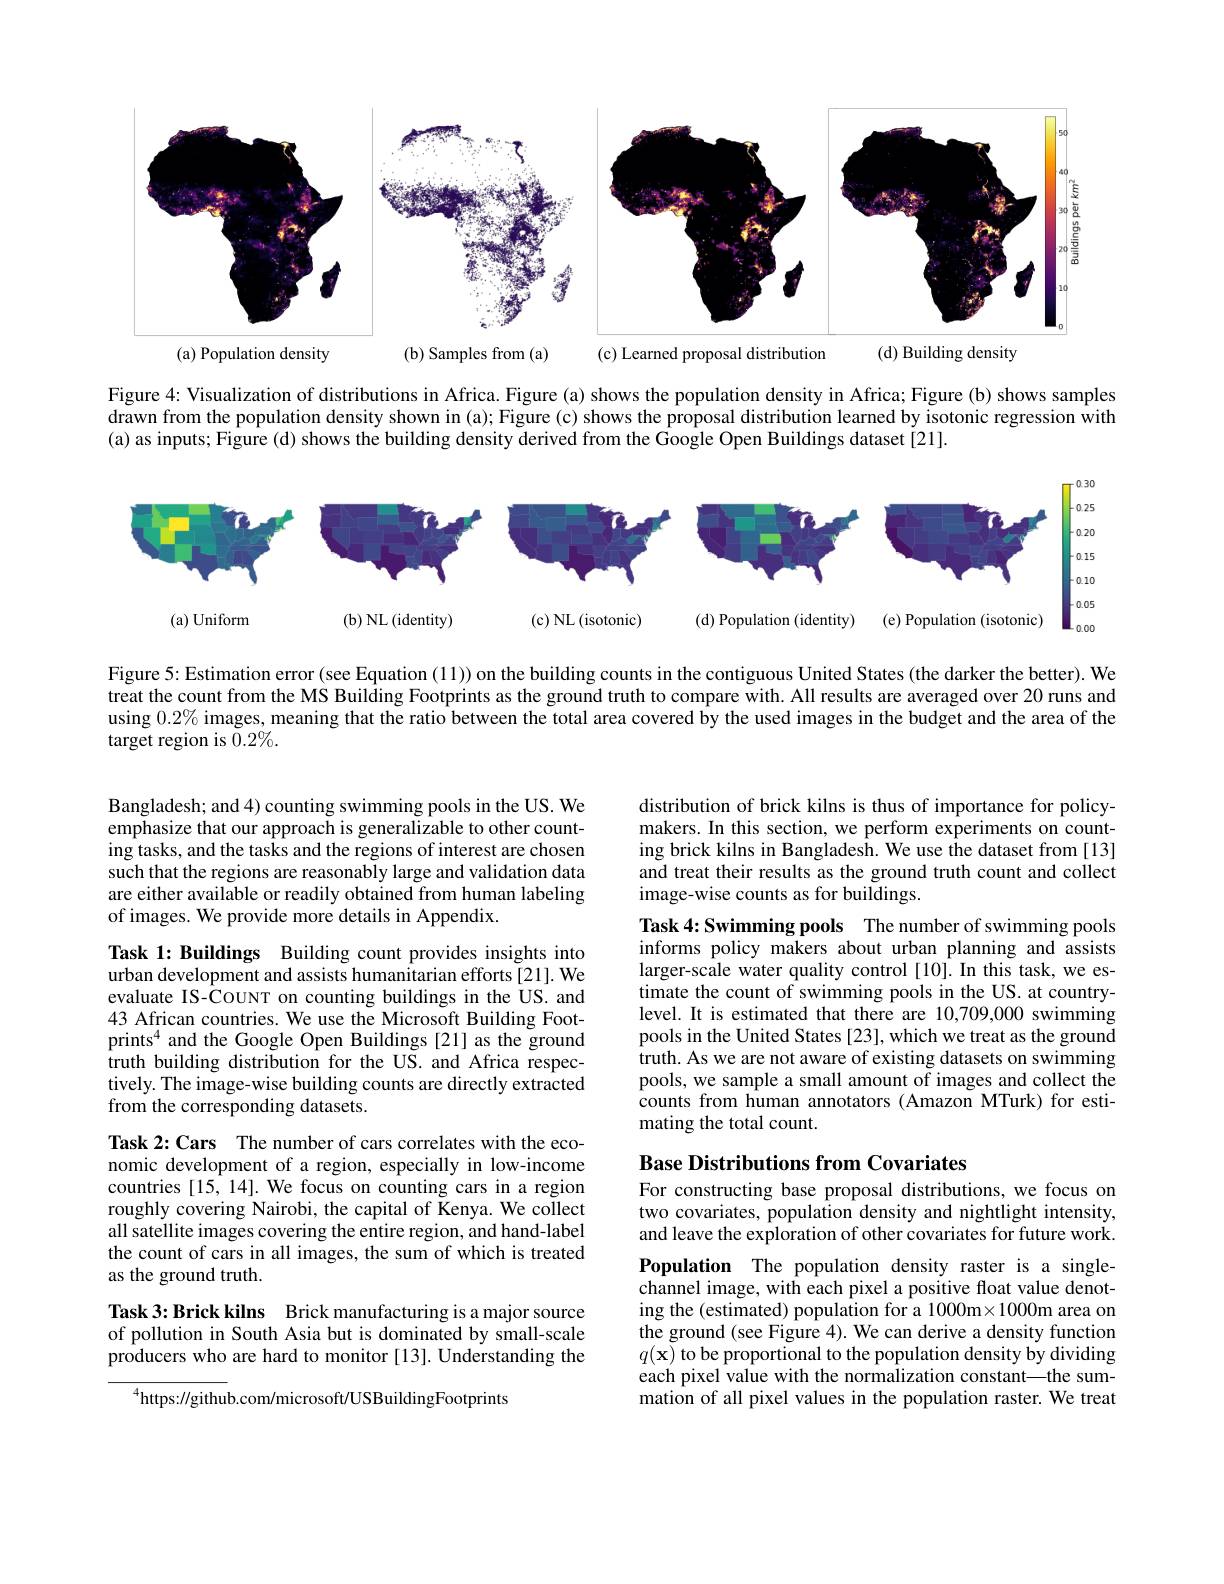
<FigureHere>

Figure 4: Visualization of distributions in Africa. Figure (a) shows the population density in Africa; Figure (b) shows samples drawn from the population density shown in (a); Figure (c) shows the proposal distribution learned by isotonic regression with (a) as inputs; Figure (d) shows the building density derived from the Google Open Buildings dataset [21].

$\Gamma^{0.30}$
<FigureHere>

Figure 5: Estimation error (see Equation (11)) on the building counts in the contiguous United States (the darker the better). We treat the count from the MS Building Footprints as the ground truth to compare with. All results are averaged over 20 runs and using $0.2\%$ images, meaning that the ratio between the total area covered by the used images in the budget and the area of the target region is $0.2\%.$

Bangladesh; and 4) counting swimming pools in the US. We emphasize that our approach is generalizable to other counting tasks, and the tasks and the regions of interest are chosen such that the regions are reasonably large and validation data are either available or readily obtained from human labeling of images. We provide more details in Appendix.

Task 1: Buildings Building count provides insights into urban development and assists humanitarian efforts[21]. We evaluate IS-COUNT on counting buildings in the US. and 43 African countries. We use the Microsoft Building Footprints$^{4}$ and the Google Open Buildings [21] as the ground truth building distribution for the US. and Africa respectively. The image-wise building counts are directly extracted from the corresponding datasets.

Task 2: Cars The number of cars correlates with the economic development of a region, especially in low-income countries [15, 14]. We focus on counting cars in a region roughly covering Nairobi, the capital of Kenya. We collect all satellite images covering the entire region, and hand-label the count of cars in all images, the sum of which is treated as the ground truth.

Task 3: Brick kilns Brick manufacturing is a major source of pollution in South Asia but is dominated by small-scale producers who are hard to monitor [13]. Understanding the

$^{4}$https://github.com/microsoft/USBuildingFootprints

distribution of brick kilns is thus of importance for policymakers. In this section, we perform experiments on counting brick kilns in Bangladesh. We use the dataset from [13] and treat their results as the ground truth count and collect image-wise counts as for buildings.

Task 4: Swimming pools The number of swimming pools informs policy makers about urban planning and assists larger-scale water quality control [10]. In this task, we estimate the count of swimming pools in the US. at countrylevel. It is estimated that there are 10,709,000 swimming pools in the United States [23], which we treat as the ground truth. As we are not aware of existing datasets on swimming pools, we sample a small amount of images and collect the counts from human annotators (Amazon MTurk) for estimating the total count.

# Base Distributions from Covariates

For constructing base proposal distributions, we focus on two covariates, population density and nightlight intensity, and leave the exploration of other covariates for future work.

Population The population density raster is a singlechannel image, with each pixel a positive float value denoting the (estimated) population for a $10000\times1000$m area on the ground (see Figure 4). We can derive a density function $q(\mathbf{x})$ to be proportional to the population density by dividing each pixel value with the normalization constant—the summation of all pixel values in the population raster. We treat